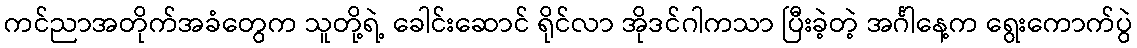
ကင်ညာအတိုက်အခံတွေက သူတို့ရဲ့ ခေါင်းဆောင် ရိုင်လာ အိုဒင်ဂါကသာ ပြီးခဲ့တဲ့ အင်္ဂါနေ့က ရွေးကောက်ပွဲ